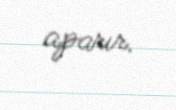
aparır.